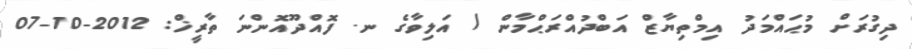
ދިގުރަށް މުޙައްމަދު އިމްތިޔާޒް އަބްދުއްރަޙްމާން / އަލިވާގެ ނ. ފޮއްދޫއޮންނަ ތާރީޚް: 2012-10-07